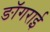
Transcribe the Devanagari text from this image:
ङॉगराई